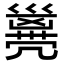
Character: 𠙭